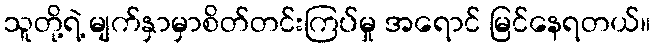
သူတို့ရဲ့ မျက်နှာမှာစိတ်တင်းကြပ်မှု အရောင် မြင်နေရတယ်။